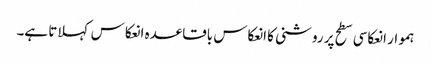
ہموار انعکاسی سطح پر روشنی کا انعکاس باقاعدہ انعکاس کہلاتا ہے۔